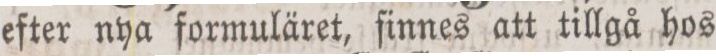
efter nya formuläret, finnes att tillgå hos